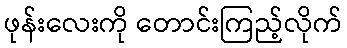
ဖုန်းလေးကို တောင်းကြည့်လိုက်